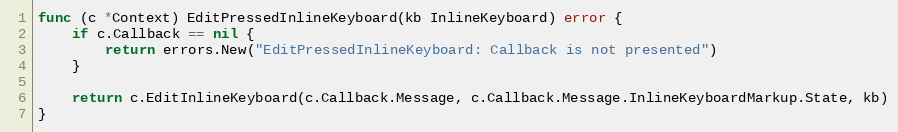
Language: Go
func (c *Context) EditPressedInlineKeyboard(kb InlineKeyboard) error {
	if c.Callback == nil {
		return errors.New("EditPressedInlineKeyboard: Callback is not presented")
	}

	return c.EditInlineKeyboard(c.Callback.Message, c.Callback.Message.InlineKeyboardMarkup.State, kb)
}